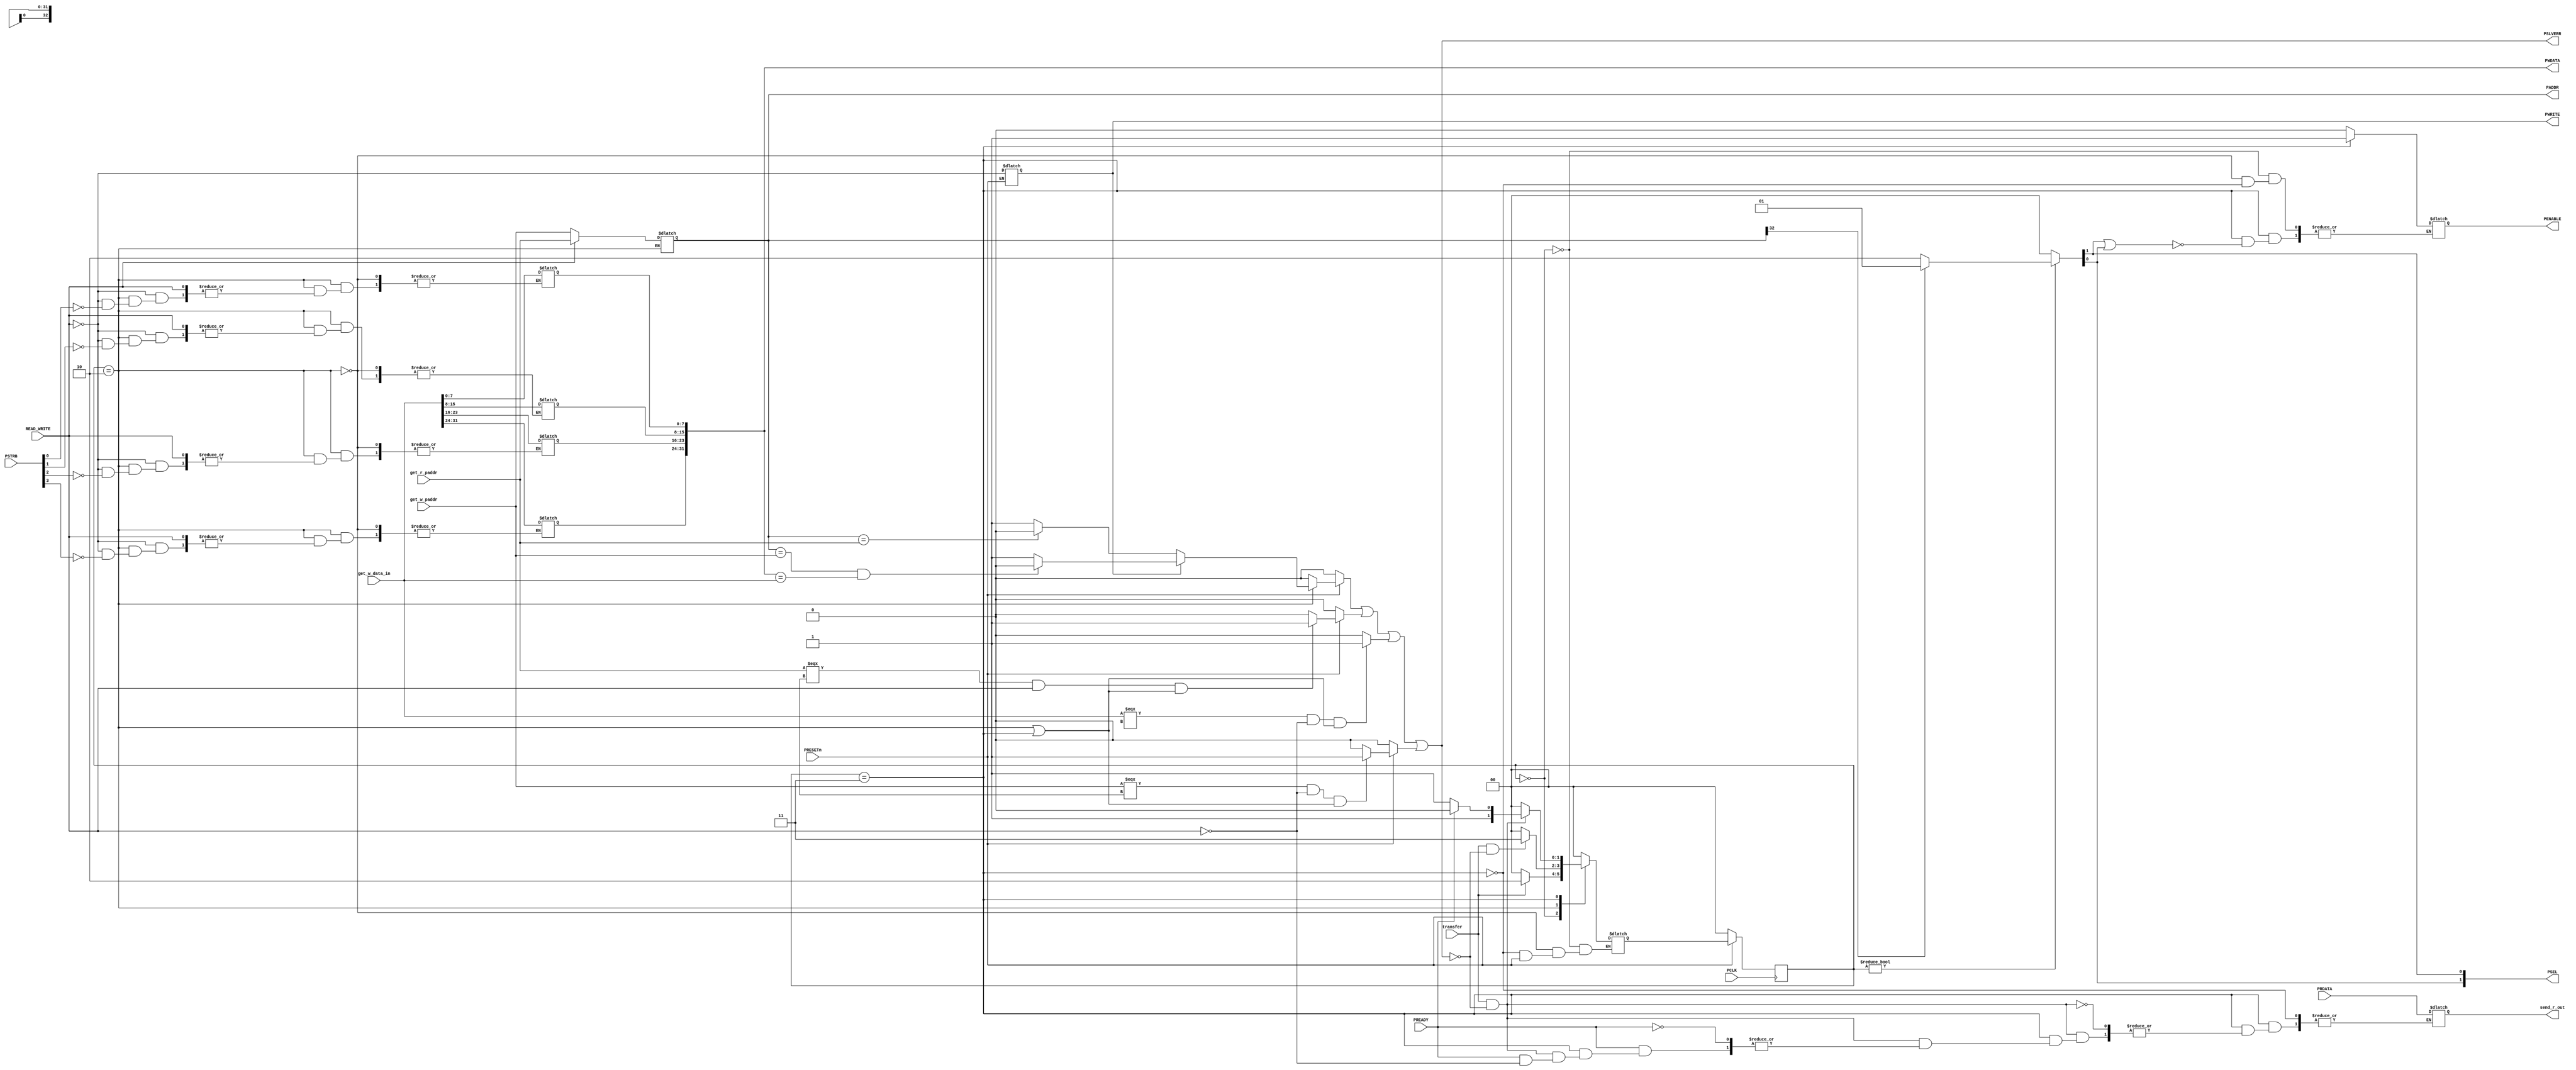
module master (
get_w_paddr,get_r_paddr, 
get_w_data_in,PRDATA, 
PSTRB,        
PRESETn,
PCLK,
PREADY,
transfer,
READ_WRITE, 
PENABLE,
PADDR,
PWRITE, 
PWDATA,
send_r_out,
PSLVERR,
PSEL);
  input [32:0] get_w_paddr,get_r_paddr; //extra address bit to select slave
	input [31:0] get_w_data_in,PRDATA; 
  input [3:0]PSTRB;        
	input PRESETn,PCLK,PREADY;
  input transfer,READ_WRITE; //dummy signals, READ_WRITE -> read=1, write=0
	output reg PENABLE;
	output reg [32:0]PADDR;
	output reg PWRITE; // write =1 read=0
	output reg [31:0] PWDATA, send_r_out;
	output PSLVERR;
  output [1:0] PSEL; 




  //------------------------------------------
  //Needed variables
  //------------------------------------------
  reg [1:0] state, next_state;

  reg Error, //PSLVERR i
      setup_error,
      invalid_read_paddr,
      invalid_write_paddr,
      invalid_write_data ;
  
  localparam IDLE = 2'b00, SETUP = 2'b10, ACCESS = 2'b11 ;

  //------------------------------------------
  //Finite state machine
  //------------------------------------------
  always @(posedge PCLK)
  begin
	if(!PRESETn)
		state <= IDLE;
	else
		state <= next_state; 
  end

  always @(state,transfer,PREADY)

  begin
	if(!PRESETn)
	  next_state = IDLE;
	else
          begin
             PWRITE = ~READ_WRITE;
          end
        case (state)
            //
            // IDLE
            //     
		    IDLE: begin 
		        PENABLE =0;

		        if(!transfer)
	        	    next_state = IDLE ;
	            else
			        next_state = SETUP;
	        end
            //
            // SETUP
            // 
	       	SETUP:   begin
			    PENABLE =0;

			    if(READ_WRITE)  // read = 1 write = 0
	                PADDR = get_r_paddr; //send reading address
			    else begin
			        PADDR = get_w_paddr; //send writing address

                    //select bits to write
                    begin
                    if(PSTRB[0])
				        PWDATA[7:0] = get_w_data_in[7:0];
                    end
                    if(PSTRB[1])
                    begin
				        PWDATA[15:8] = get_w_data_in[15:8];
                    end
                    begin
                    if(PSTRB[2])
				        PWDATA[23:16] = get_w_data_in[23:16];
                    end
                    begin
                    if(PSTRB[3])
				        PWDATA[31:24] = get_w_data_in[31:24];
                    end
                end
			    
			    if(transfer && !PSLVERR)
			        next_state = ACCESS;
		        else
           	        next_state = IDLE;
		    end
            //
            // Access
            // 
	       	ACCESS: begin 
                if(PSEL[0] || PSEL[1])
		            PENABLE =1;
			    if(transfer & !PSLVERR) begin
				   if(PREADY) begin
				        if(!READ_WRITE) // read=1 write=0
					        next_state = SETUP; //wrote
					    else begin
					        next_state = SETUP; 
				          	send_r_out = PRDATA; //get read data
					   end
			        end
				        else next_state = ACCESS;
		        end
		            else next_state = IDLE;
			end
        endcase
    end

    //------------------------------------------		   
	//select slave	 
    //------------------------------------------   
    assign {PSEL[0],PSEL[1]} = ((state != IDLE) ? (PADDR[32] ? {1'b0,1'b1} : {1'b1,1'b0}) : 2'd0);
    


    //------------------------------------------
    //PSLVERR (check errors)
    //------------------------------------------
    always @(*) begin
        if(!PRESETn) begin 
	        setup_error =0;
	        invalid_read_paddr = 0;
	        invalid_write_paddr = 0;
	        invalid_write_paddr =0 ;
	    end
        else begin	
            begin  //DO NOT REMOVE allows conditions to run in parallel
	        if(state == IDLE && next_state == ACCESS)
                setup_error = 1;
	        else setup_error = 0;
            end

            begin
            if((get_w_data_in===32'dx) && (!READ_WRITE) && (state==SETUP || state==ACCESS))
		        invalid_write_data =1;
	        else invalid_write_data = 0;
            end

            begin
	        if((get_r_paddr===33'dx) && READ_WRITE && (state==SETUP || state==ACCESS))
		        invalid_read_paddr = 1;
	        else  invalid_read_paddr = 0;
            end

            begin 
            if((get_w_paddr===33'dx) && (!READ_WRITE) && (state==SETUP || state==ACCESS))
		        invalid_write_paddr =1;
            else invalid_write_paddr =0;
            end

            begin
            if(state == SETUP) begin
                if(PWRITE) begin
                    if(PADDR==get_w_paddr && PWDATA==get_w_data_in)
                        setup_error=1'b0;
                    else
                       setup_error=1'b1;
                   end
                else begin
                    if (PADDR==get_r_paddr)
                        setup_error=1'b0;
                    else
                        setup_error=1'b1;
                end    
            end 
            else setup_error=1'b0;
            end

        end 
        Error = setup_error ||  invalid_read_paddr || invalid_write_data || invalid_write_paddr  ;
    end

    assign PSLVERR =  Error ; //assign error checks to PSLVERR

endmodule